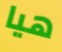
هيا